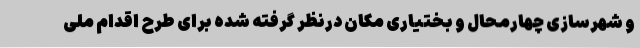
و شهرسازی چهارمحال و بختیاری مکان درنظر گرفته شده برای طرح اقدام ملی